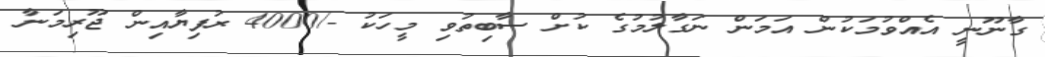
ގާނޫނީ އެއްވުމަކުން އަމަން ނަގާލުމުގެ ކުށް ސާބިތުވި މީހަކު -/4000 ރުފިޔާއިން ޖޫރިމަނާ